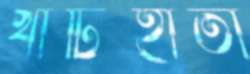
খাটিহাতা